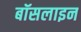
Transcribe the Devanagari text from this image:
बॉसलाइन